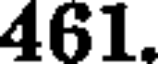
461.